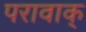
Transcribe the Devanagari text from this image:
परावाक्